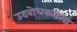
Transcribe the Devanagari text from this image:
उदबोधकरीत्या